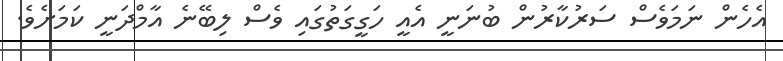
އެހެން ނަމަވެސް ސަރުކާރުން ބުނަނީ އެއީ ހަގީގަތުގައި ވެސް ލިބޭނެ އާމްދަނީ ކަމަށެވެ.